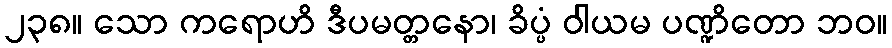
၂၃၈။ သော ကရောဟိ ဒီပမတ္တနော၊ ခိပ္ပံ ဝါယမ ပဏ္ဍိတော ဘဝ။